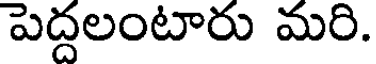
పెద్దలంటారు మరి.